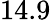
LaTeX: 14.9